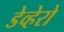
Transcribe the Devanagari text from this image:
डेव्हेरो